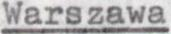
Warszawa